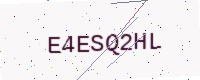
Text: E4ESQ2HL